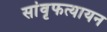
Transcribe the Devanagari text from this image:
सांवृफत्यायन